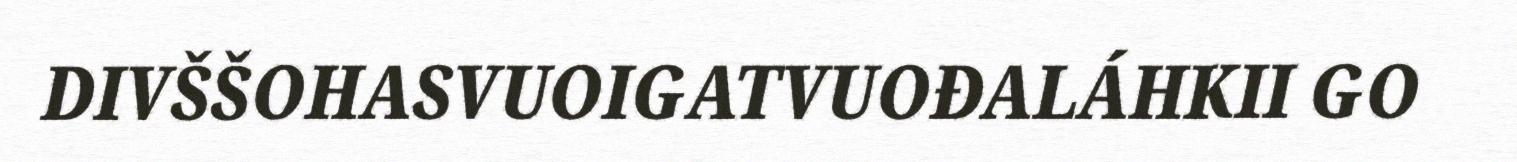
DIVŠŠOHASVUOIGATVUOĐALÁHKII GO